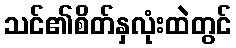
သင်၏စိတ်နှလုံးထဲတွင်